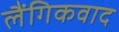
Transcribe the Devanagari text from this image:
लैंगिकवाद